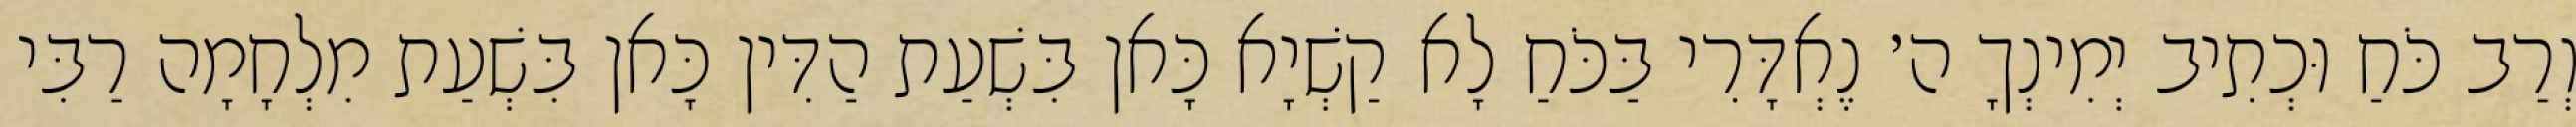
וְרַב כֹּחַ וּכְתִיב יְמִינְךָ ה׳ נֶאְדָּרִי בַּכֹּחַ לָא קַשְׁיָא כָּאן בִּשְׁעַת הַדִּין כָּאן בִּשְׁעַת מִלְחָמָה רַבִּי